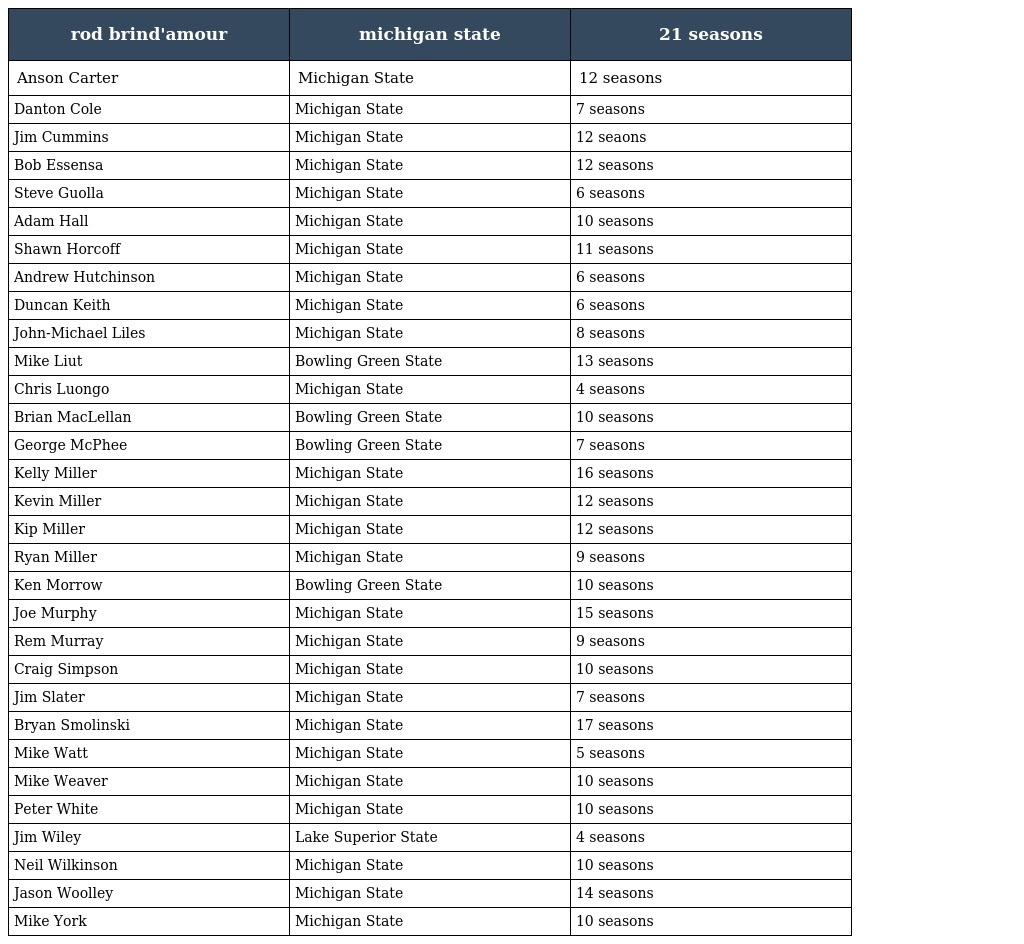
| rod brind'amour | michigan state | 21 seasons |
 | --- | --- | --- |
 | Anson Carter | Michigan State | 12 seasons |
 | Danton Cole | Michigan State | 7 seasons |
 | Jim Cummins | Michigan State | 12 seaons |
 | Bob Essensa | Michigan State | 12 seasons |
 | Steve Guolla | Michigan State | 6 seasons |
 | Adam Hall | Michigan State | 10 seasons |
 | Shawn Horcoff | Michigan State | 11 seasons |
 | Andrew Hutchinson | Michigan State | 6 seasons |
 | Duncan Keith | Michigan State | 6 seasons |
 | John-Michael Liles | Michigan State | 8 seasons |
 | Mike Liut | Bowling Green State | 13 seasons |
 | Chris Luongo | Michigan State | 4 seasons |
 | Brian MacLellan | Bowling Green State | 10 seasons |
 | George McPhee | Bowling Green State | 7 seasons |
 | Kelly Miller | Michigan State | 16 seasons |
 | Kevin Miller | Michigan State | 12 seasons |
 | Kip Miller | Michigan State | 12 seasons |
 | Ryan Miller | Michigan State | 9 seasons |
 | Ken Morrow | Bowling Green State | 10 seasons |
 | Joe Murphy | Michigan State | 15 seasons |
 | Rem Murray | Michigan State | 9 seasons |
 | Craig Simpson | Michigan State | 10 seasons |
 | Jim Slater | Michigan State | 7 seasons |
 | Bryan Smolinski | Michigan State | 17 seasons |
 | Mike Watt | Michigan State | 5 seasons |
 | Mike Weaver | Michigan State | 10 seasons |
 | Peter White | Michigan State | 10 seasons |
 | Jim Wiley | Lake Superior State | 4 seasons |
 | Neil Wilkinson | Michigan State | 10 seasons |
 | Jason Woolley | Michigan State | 14 seasons |
 | Mike York | Michigan State | 10 seasons |